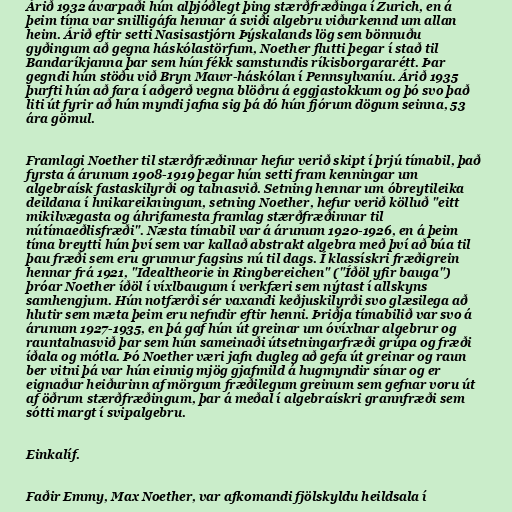
Árið 1932 ávarpaði hún alþjóðlegt þing stærðfræðinga í Zurich, en á
þeim tíma var snilligáfa hennar á sviði algebru viðurkennd um allan
heim. Árið eftir setti Nasisastjórn Þýskalands lög sem bönnuðu
gyðingum að gegna háskólastörfum, Noether flutti þegar í stað til
Bandaríkjanna þar sem hún fékk samstundis ríkisborgararétt. Þar
gegndi hún stöðu við Bryn Mawr-háskólan í Pennsylvaníu. Árið 1935
þurfti hún að fara í aðgerð vegna blöðru á eggjastokkum og þó svo það
liti út fyrir að hún myndi jafna sig þá dó hún fjórum dögum seinna, 53
ára gömul.

Framlagi Noether til stærðfræðinnar hefur verið skipt í þrjú tímabil, það
fyrsta á árunum 1908-1919 þegar hún setti fram kenningar um
algebraísk fastaskilyrði og talnasvið. Setning hennar um óbreytileika
deildana í hnikareikningum, setning Noether, hefur verið kölluð "eitt
mikilvægasta og áhrifamesta framlag stærðfræðinnar til
nútímaeðlisfræði". Næsta tímabil var á árunum 1920-1926, en á þeim
tíma breytti hún því sem var kallað abstrakt algebra með því að búa til
þau fræði sem eru grunnur fagsins nú til dags. Í klassískri fræðigrein
hennar frá 1921, "Idealtheorie in Ringbereichen" ("Íðöl yfir bauga")
þróar Noether íðöl í víxlbaugum í verkfæri sem nýtast í allskyns
samhengjum. Hún notfærði sér vaxandi keðjuskilyrði svo glæsilega að
hlutir sem mæta þeim eru nefndir eftir henni. Þriðja tímabilið var svo á
árunum 1927-1935, en þá gaf hún út greinar um óvíxlnar algebrur og
rauntalnasvið þar sem hún sameinaði útsetningarfræði grúpa og fræði
íðala og mótla. Þó Noether væri jafn dugleg að gefa út greinar og raun
ber vitni þá var hún einnig mjög gjafmild á hugmyndir sínar og er
eignaður heiðurinn af mörgum fræðilegum greinum sem gefnar voru út
af öðrum stærðfræðingum, þar á meðal í algebraískri grannfræði sem
sótti margt í svipalgebru.

Einkalíf.

Faðir Emmy, Max Noether, var afkomandi fjölskyldu heildsala í